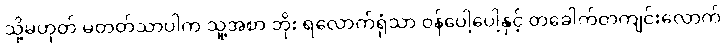
သို့မဟုတ် မတတ်သာပါက သူ့အစာ ဘိုး ရလောက်ရုံသာ ဝန်ပေါ့ပေါ့နှင့် တခေါက်တကျင်းလောက်